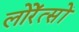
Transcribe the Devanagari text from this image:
लोरेंत्सों